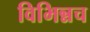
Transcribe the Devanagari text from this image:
विभिन्नच